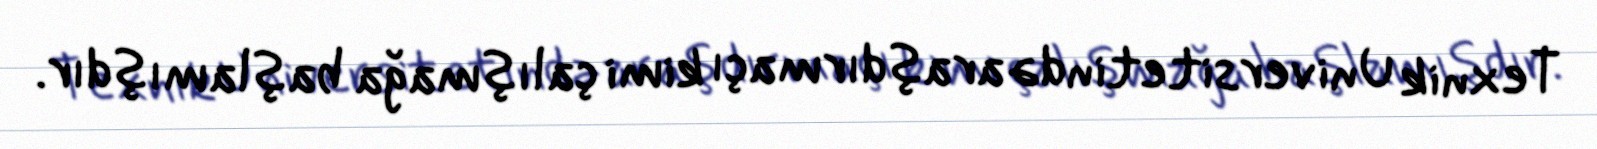
Texnik Universitetində araşdırmaçı kimi çalışmağa başlamışdır.